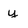
Character: y